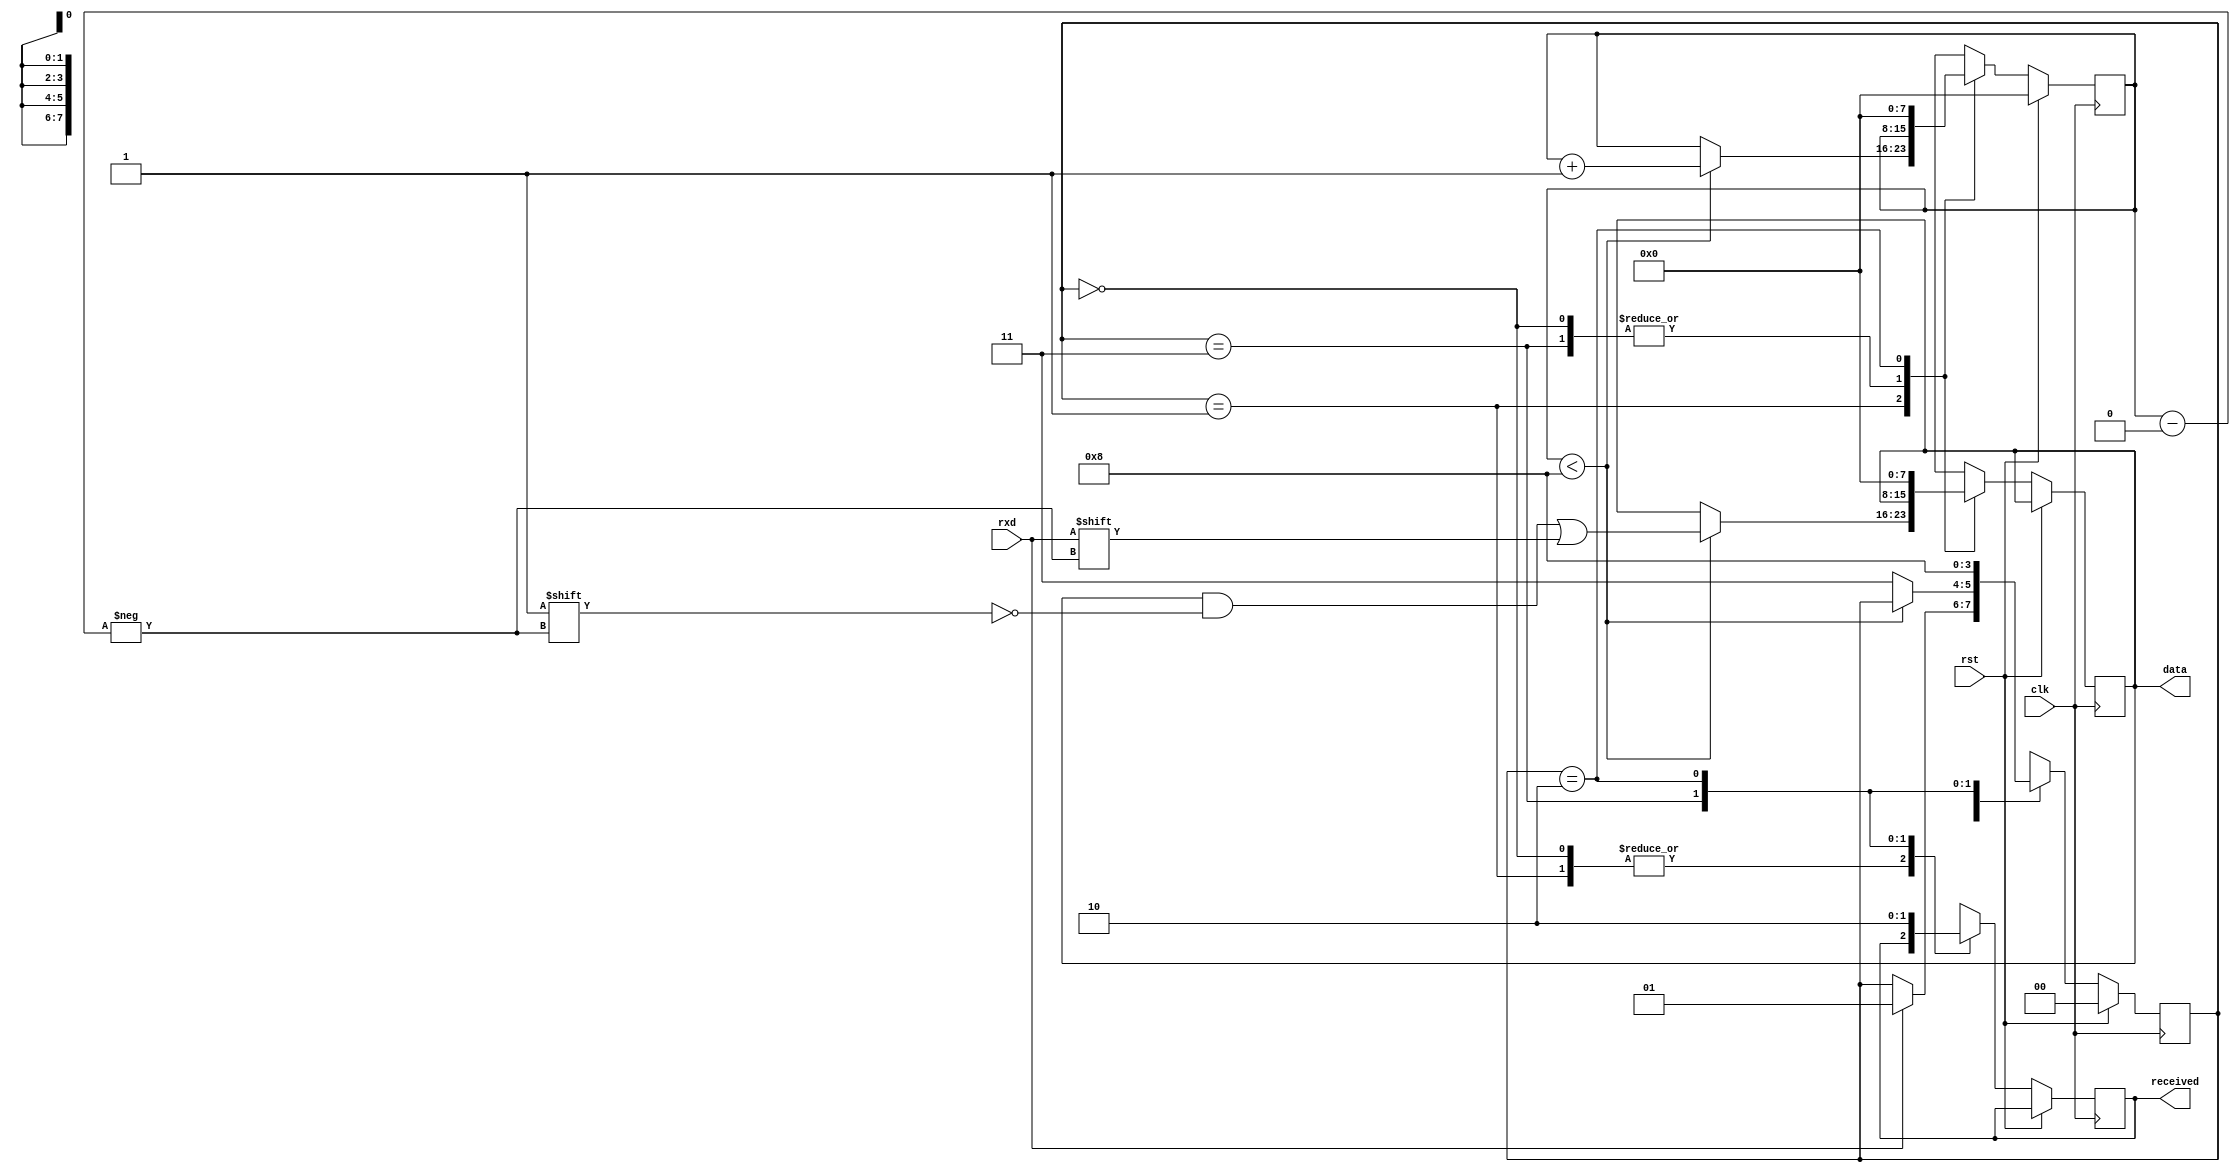
module deserializer_3 #(
        parameter   WIDTH = 8
    )(
        input                   rxd,
        input                   rst,
        input                   clk,
        output [WIDTH - 1:0]    data,
        output                  received
    );
    localparam s0 = 2'b00;
    localparam s1 = 2'b01;
    localparam s2 = 2'b11;
    localparam s3 = 2'b10;
    reg [1:0]           state           = s0;
    reg [7:0]           bit_index       = 0;
    reg [WIDTH - 1:0]   data_buf        = 0;
    reg                 received_buf    = 0;
    assign              data = data_buf;
    assign              received = received_buf;
    always@(negedge clk)
    begin
        if(rst)
        begin
            state = s0;
            bit_index = 0;
        end
        else
        begin
            case(state)
            s0:
            begin
                if(rxd)
                begin
                    state = s1;
                end
            end
            s1:
            begin
                if(bit_index < WIDTH)
                begin
                    data_buf[bit_index] = rxd;
                    bit_index = bit_index + 1;
                end
                else state = s2;
            end
            s2:
            begin
                received_buf = 1;
                state = s3;
            end
            s3:
            begin
                received_buf = 0;
                bit_index = 0;
                data_buf = 0;
                state = s0;
            end
            endcase
        end
    end
endmodule